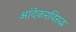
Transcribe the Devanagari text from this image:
आंदेकरविरुद्ध